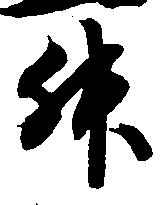
升